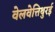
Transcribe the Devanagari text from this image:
वेलवेत्तिथुरई